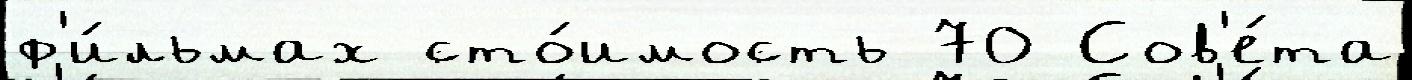
ф'и́льмах сто́имость 70 Сов'е́та